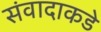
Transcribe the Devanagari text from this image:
संवादाकडे